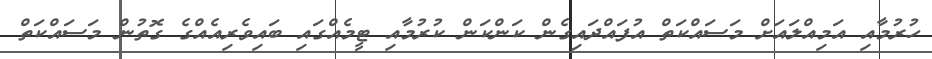
ހުރުމާއި އަމިއްލައަށް މަސައްކަތް އުފައްދައިގެން ކަންކަން ކުރުމާއި ޓީމެއްގައި ބައިވެރިއެއްގެ ގޮތުން މަސައްކަތް